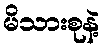
မိသားစုနဲ့